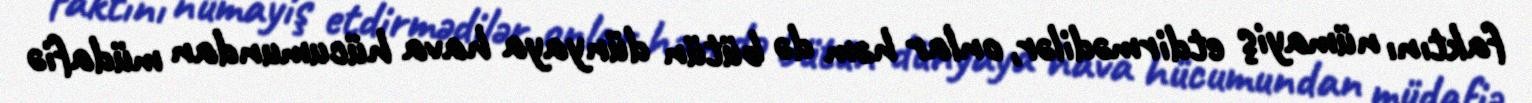
faktını nümayiş etdirmədilər, onlar həm də bütün dünyaya hava hücumundan müdafiə